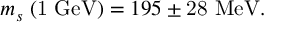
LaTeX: m _ { s } \; \mathrm { ( 1 ~ G e V ) } = 1 9 5 \pm \mathrm { 2 8 ~ M e V } .